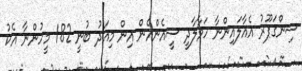
ސިންގަޕޫރު އެއާލައިންނާ ހަވާލާދީ ސީއެންއެން އިން މިއަދު ބުނީ 182 މީހުންނާ އެކު